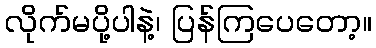
လိုက်မပို့ပါနဲ့၊ ပြန်ကြပေတော့။